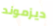
ديزموند